Civil Veterinary Dept. Bombay admin report 1923-31 - 1923-1931
Year: 1923
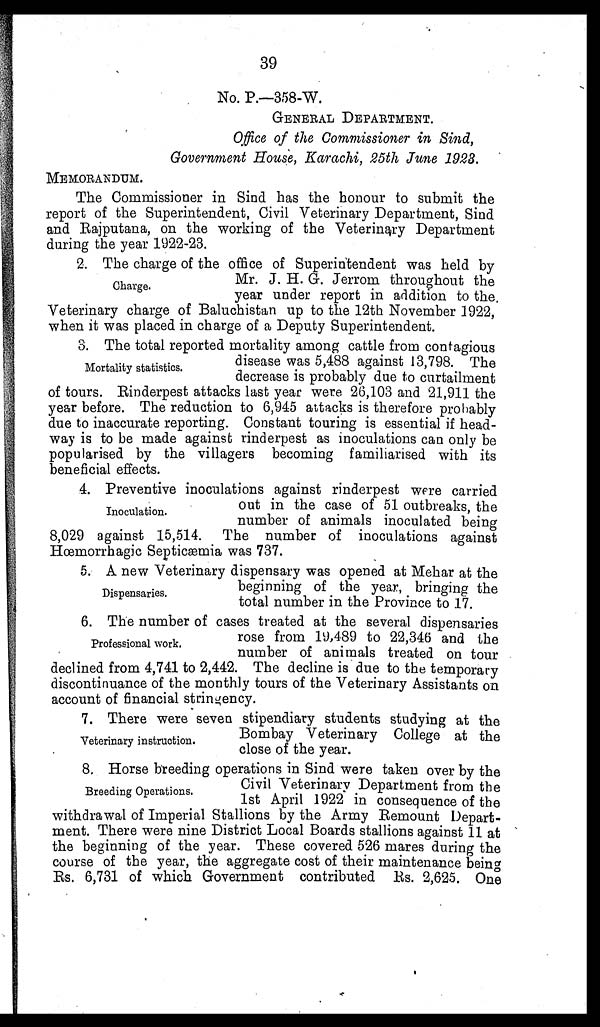
39
No. P.—358-W.
GENERAL DEPARTMENT.
Office of the Commissioner in Bind,
Government House, Karachi, 25th June 1928.
MEMORANDUM.
The Commissioner in Sind has the honour to submit the
report of the Superintendent, Civil Veterinary Department, Sind
and Rajputana, on the working of the Veterinary Department
during the year 1922-23.
Charge.
2. The charge of the office of Superintendent was held by
Mr. J. H. G. Jerrom throughout the
year under report in addition to the
Veterinary charge of Baluchistan up to the 12th November 1922,
when it was placed in charge of a Deputy Superintendent.
Mortality statistics.
3. The total reported mortality among cattle from contagious
disease was 5,488 against 13,798. The
decrease is probably due to curtailment
of tours. Rinderpest attacks last year were 26,103 and 21,911 the
year before. The reduction to 6,945 attacks is therefore probably
due to inaccurate reporting. Constant touring is essential if head-
way is to be made against rinderpest as inoculations can only be
popularised by the villagers becoming familiarised with its
beneficial effects.
Inoculation.
4. Preventive inoculations against rinderpest were carried
out in the case of 51 outbreaks, the
number of animals inoculated being
8,029 against 15,514. The number of inoculations against
Hœmorrhagic Septicæmia was 737.
Dispensaries.
A new Veterinary dispensary was opened at Mehar at the
beginning of the year, bringing the
total number in the Province to 17.
Professional work.
6. The number of cases treated at the several dispensaries
rose from 19,489 to 22,346 and the
number of animals treated on tour
declined from 4,741 to 2,442. The decline is due to the temporary
discontinuance of the monthly tours of the Veterinary Assistants on
account of financial stringency.
Veterinary instruction.
7. There were seven stipendiary students studying at the
Bombay Veterinary College at the
close of the year.
Breeding Operations.
8, Horse breeding operations in Sind were taken over by the
Civil Veterinary Department from the
1st April 1922 in consequence of the
withdrawal of Imperial Stallions by the Army Demount Depart-
ment. There were nine District Local Boards stallions against 11 at
the beginning of the year. These covered 526 mares during the
course of the year, the aggregate cost of their maintenance being
Rs. 6,731 of which Government contributed Rs. 2,625. One